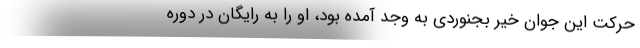
حرکت این جوان خیر بجنوردی به وجد آمده بود، او را به رایگان در دوره